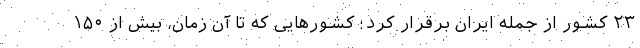
۲۳ کشور از جمله ایران برقرار کرد؛ کشورهایی که تا آن زمان، بیش از ۱۵۰